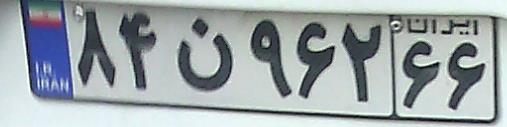
۸۴ن۹۶۲۶۶